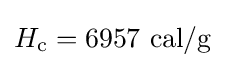
H_{\text{c}}=6957{\text{ cal/g}}